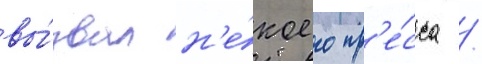
вы́звал н'е́коего пр'е́сса /